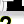
Digit: 2